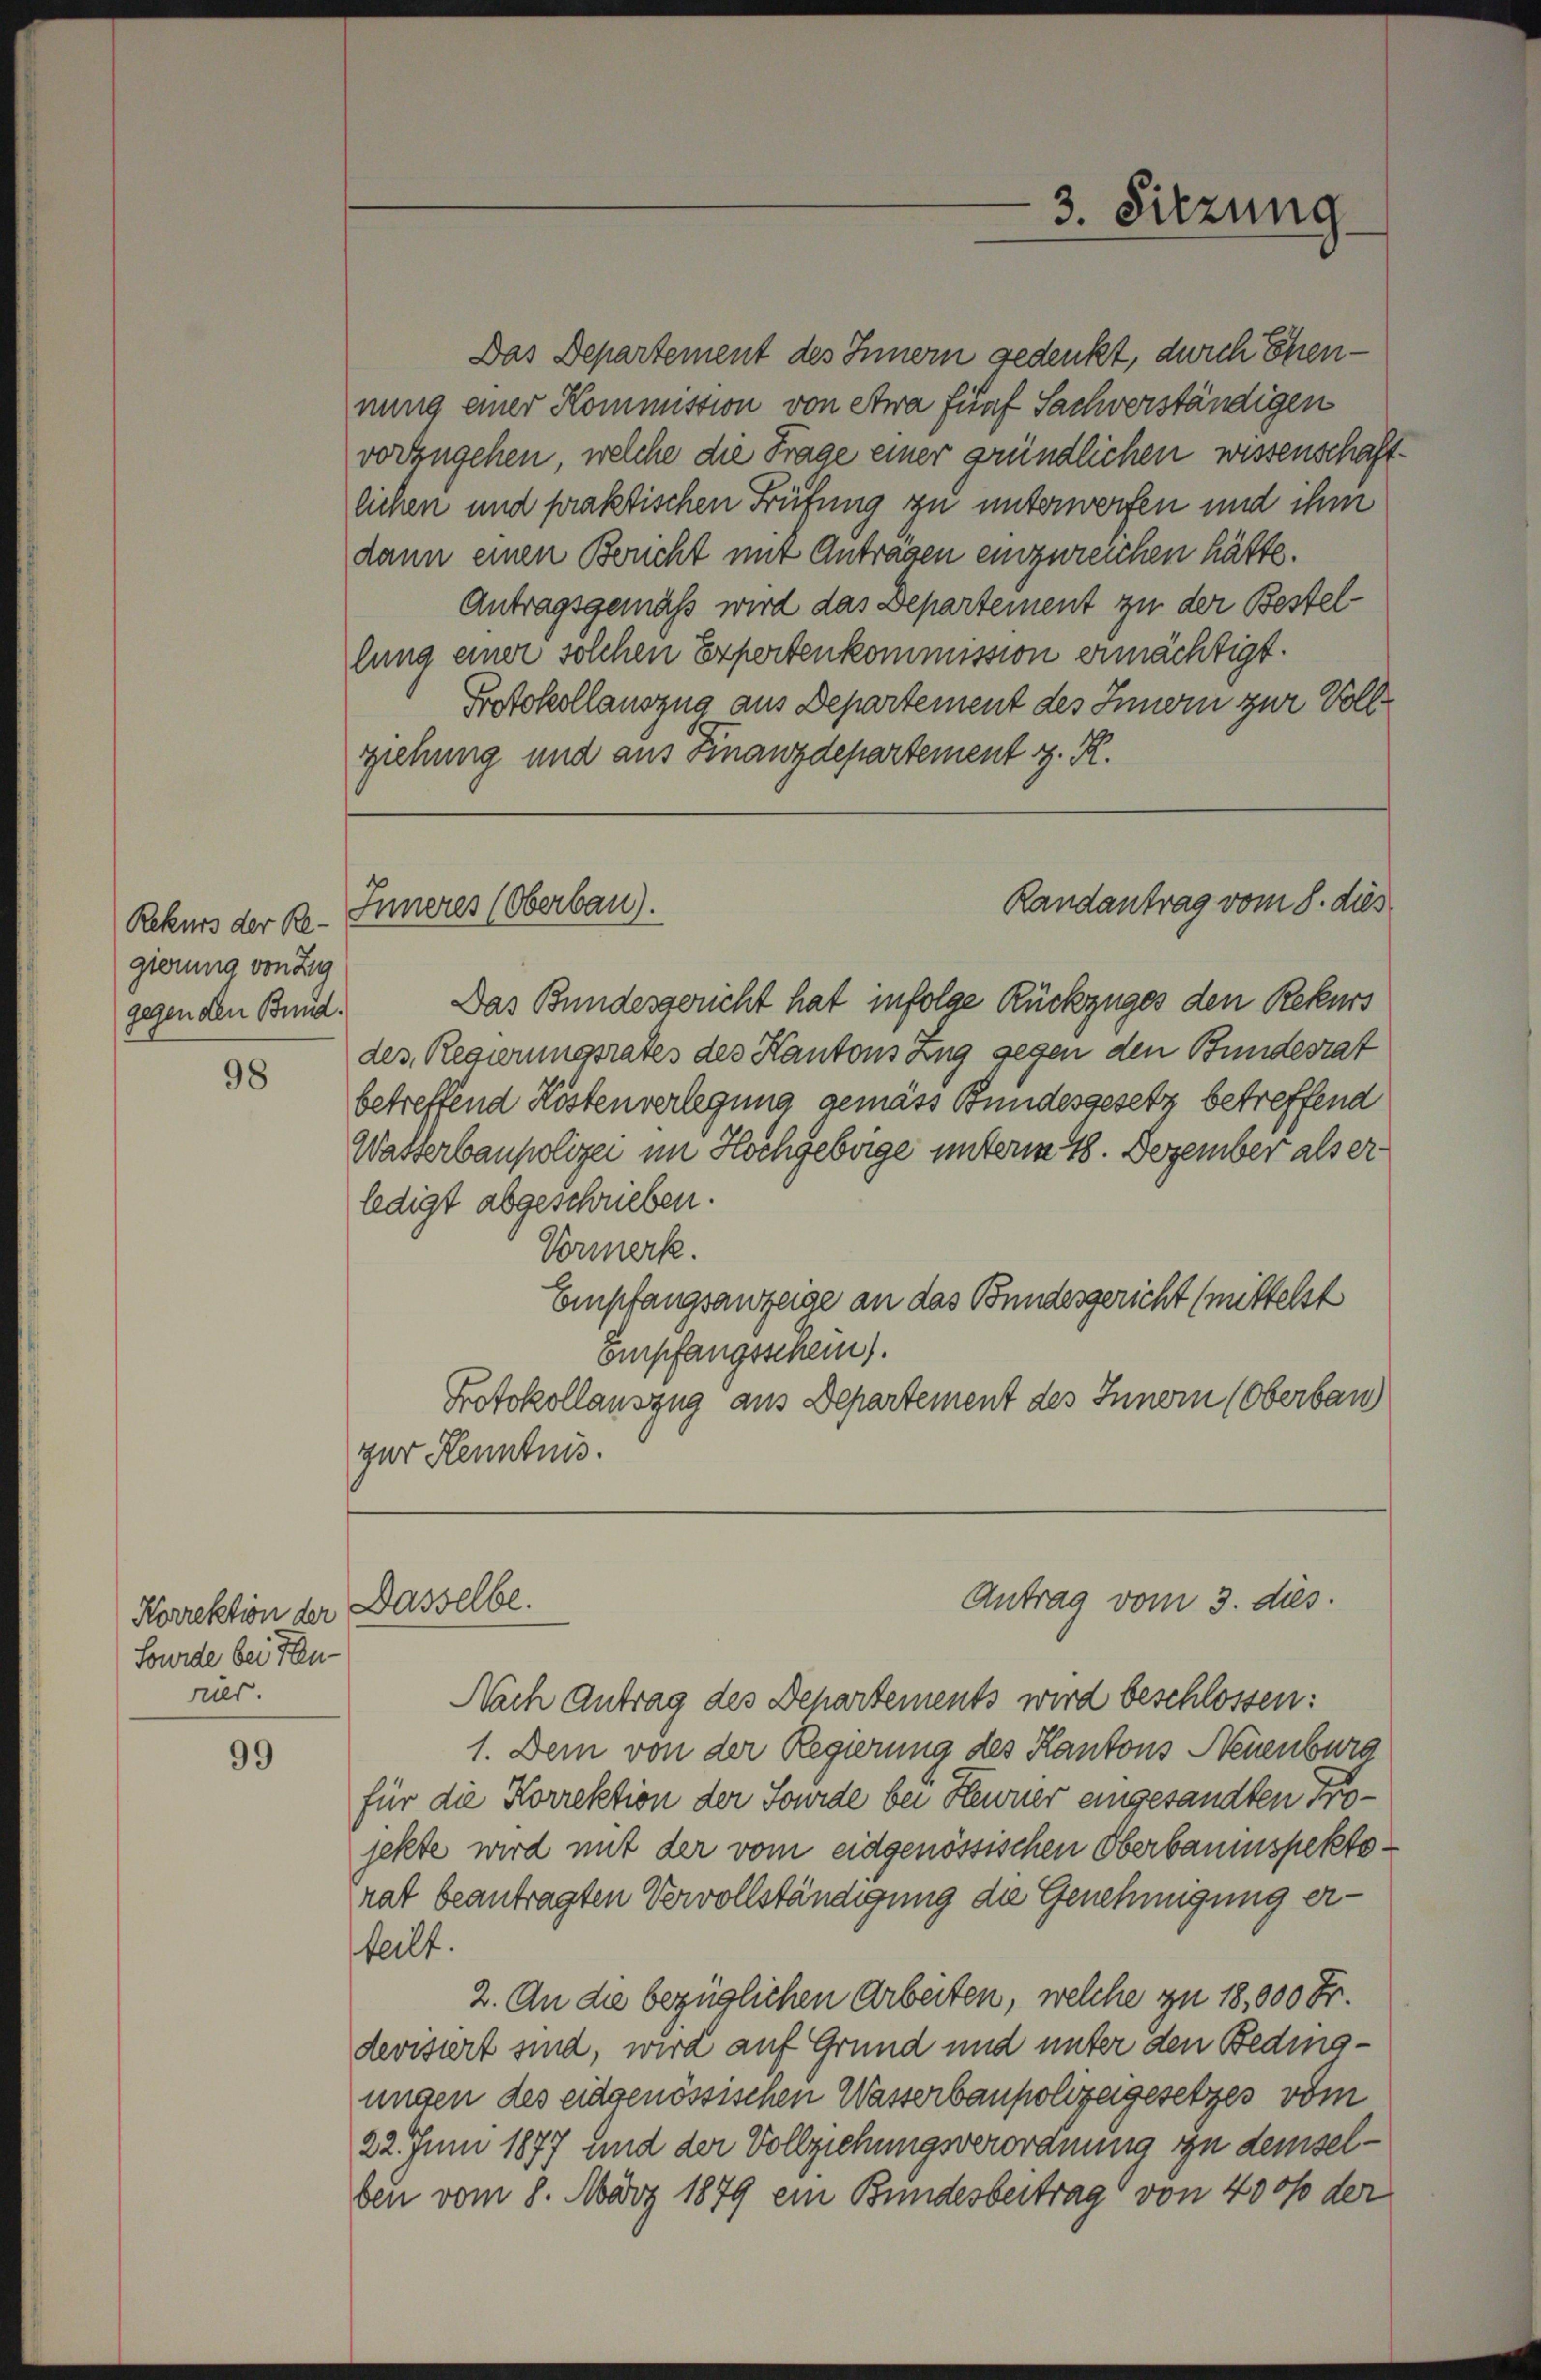
Rekurs der Regierung von Zig
gegen den Bund.

98

Korrektion der Dasselbe.
Sourde bei Fenruls.

99

Das Departement des Innern gedenkt, durch Ehrennung einer Kommission von etwa fünf Sachverständigen
vorzugehen, welche die Frage einer gründlichen wissenschaftlichen und praktischen Prüfung zu unterwerfen und ihm
dann einen Brucht mit Antragen einzureichen hätte.
Antragsgemäß wird das Departement zu der Bestellung einer solchen Expertenkommission ermächtigt.
Protokollauszug aus Departement des Innern zur Vollziehung und aus Finanzdepartement z. R.
Das Bundesgericht hat infolge Rückzuges den Rekurs
des, Regierungsrates des Kantons Zug gegen den Bundesrat
betreffend Köstenverlegung gemäss Bundesgesetz betreffend
Wasserbaupolizei im Hochgeborge unterm 18. Dezember als er
ledigt abgeschrieben.
Vormerk.
Empfangsanzeige an das Bundesgericht (mittelst
Empfangsschein).
Protokollauszug aus Departement des Innern (Oberbau
zur Kenntnis.

Inneres (Oberbau).

Nach Antrag des Departements wird beschlossen:
1. Dem von der Regierung des Kantons Neuenburg
für die Korrektion der Sourde bei Henner eingesandten derjekte wird mit der vom eidgenössischen Oberbaumspektorat beantragten Vervollständigung die Genehmigung erteilt.
2. An die bezüglichen Arbeiten, welche zu 18,000 Fr.
devisiert sind, wird auf Grund und unter den Bedingungen des eidgenössischen Wasserbaupolizeigesetzes vom
22. Juni 1877 und der Vollziehungsverordnung zu demselben vom 8. März 1879 ein Bundesbeitrag von 4000 der

3. Sitzung

Randantrag vom 8. dies

Antrag vom 3. dies